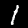
Label: 1